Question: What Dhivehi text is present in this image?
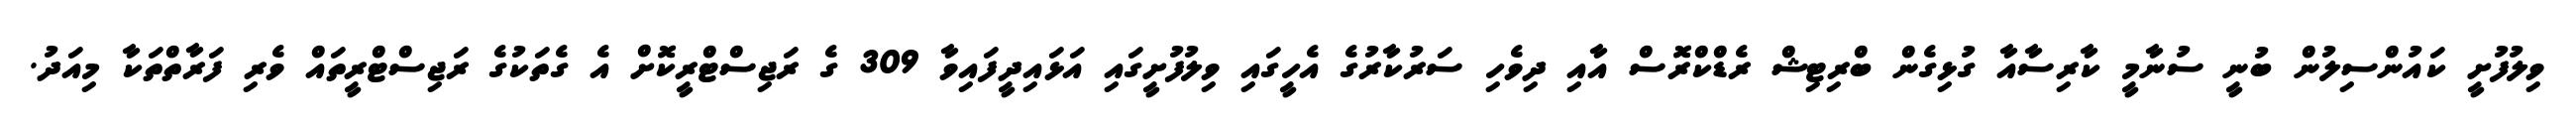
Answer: ވިލުފުށީ ކައުންސިލުން ބުނީ ސުނާމީ ކާރިސާއާ ގުޅިގެން ބްރިޓިޝް ރެޑްކްރޮސް އާއި ދިވެހި ސަރުކާރުގެ އެހީގައި ވިލުފުށީގައި އަޅައިދީފައިވާ 309 ގެ ރަޖިސްޓްރީކޮށް އެ ގެތަކުގެ ރަޖިސްޓްރީތައް ވެރި ފަރާތްތަކާ މިއަދު.